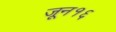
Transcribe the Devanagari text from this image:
जून१६